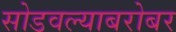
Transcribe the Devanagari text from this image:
सोडवल्याबरोबर